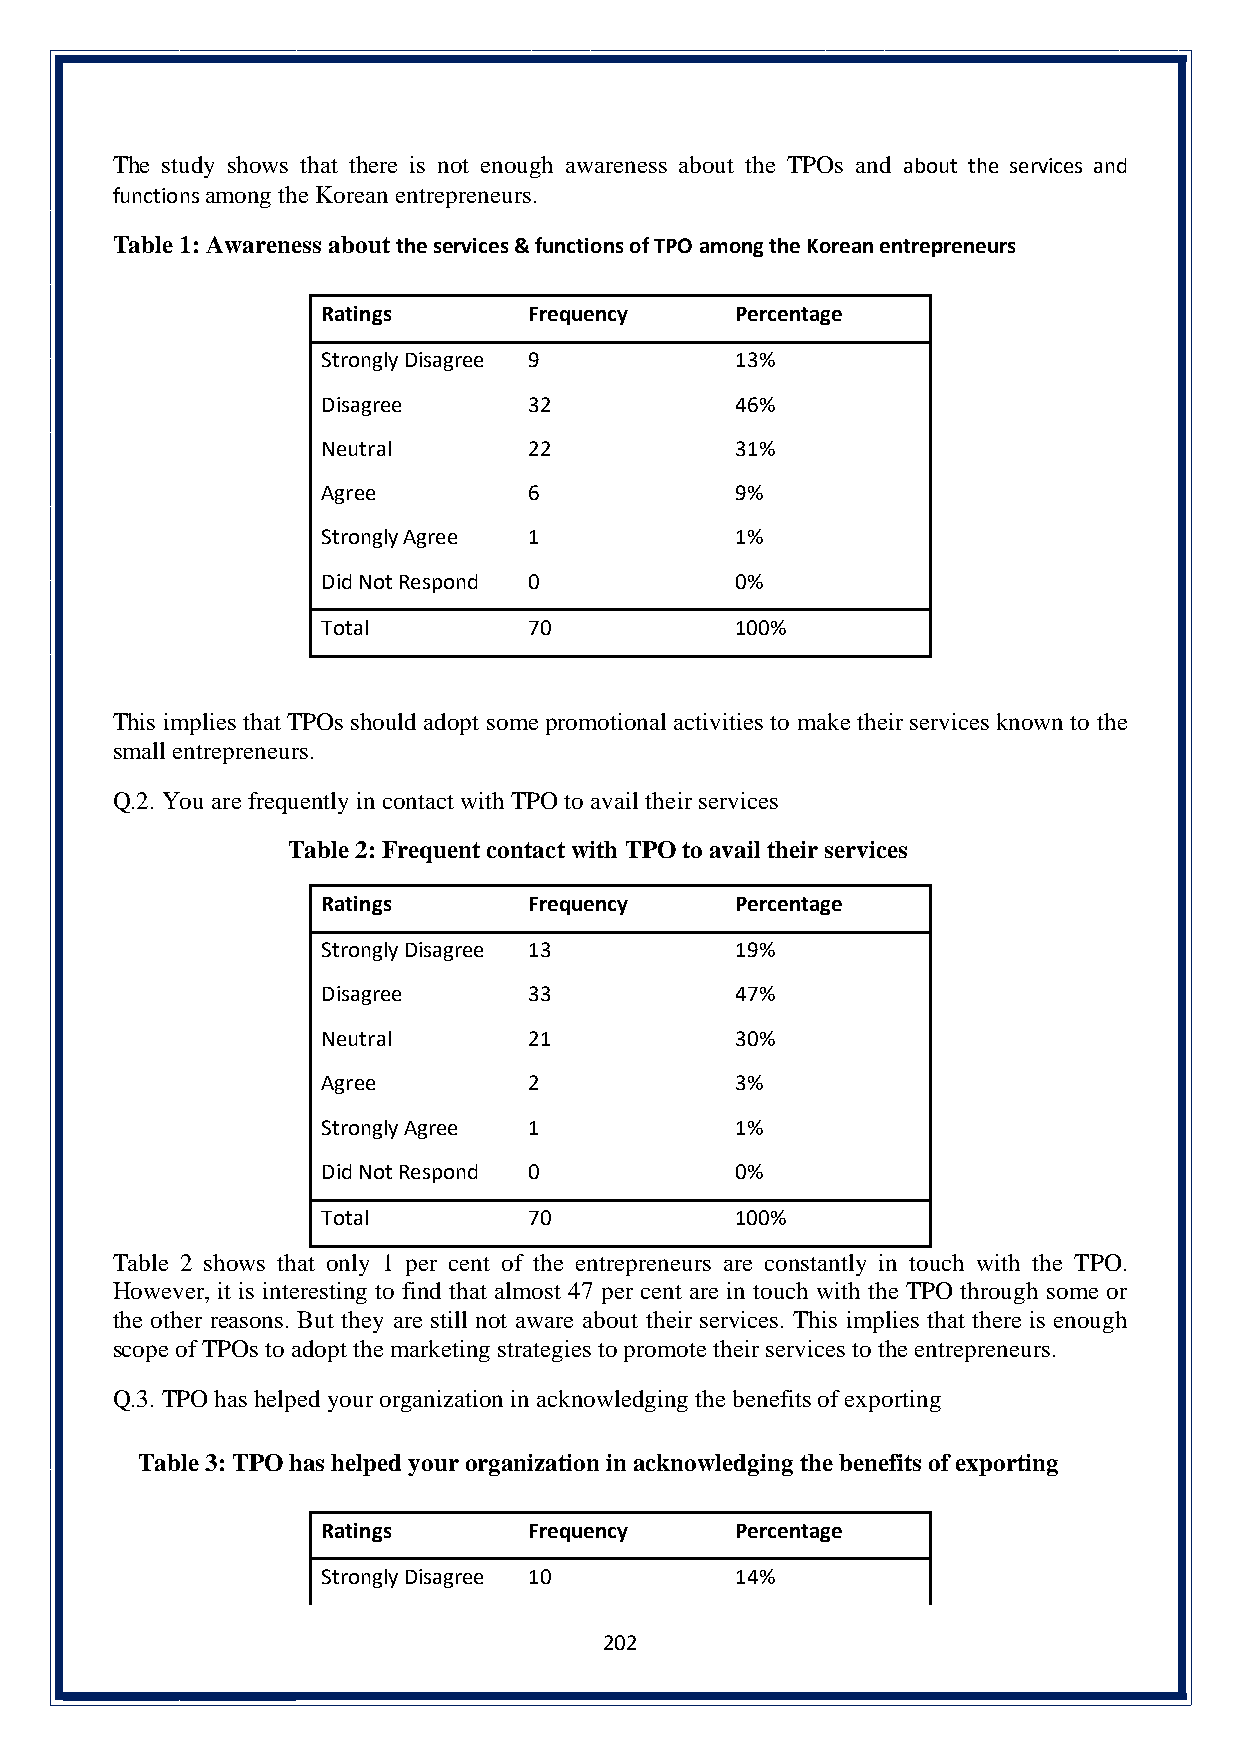
The study shows that there is not enough awareness about the TPOs and about the services and
 functions among the Korean entrepreneurs.
 Table 1: Awareness about the services & functions of TPO among the Korean entrepreneurs
 Ratings       Frequency     Percentage
 Strongly Disagree 9         13%
 Disagree      32            46%
 Neutral       22            31%
 Agree         6             9%
 Strongly Agree 1            1%
 Did Not Respond 0           0%
 Total         70            100%
 This implies that TPOs should adopt some promotional activities to make their services known to the
 small entrepreneurs.
 Q.2. You are frequently in contact with TPO to avail their services
 Table 2: Frequent contact with TPO to avail their services
 Ratings       Frequency     Percentage
 Strongly Disagree 13        19%
 Disagree      33            47%
 Neutral       21            30%
 Agree         2             3%
 Strongly Agree 1            1%
 Did Not Respond 0           0%
 Total         70            100%
 Table 2 shows that only 1 per cent of the entrepreneurs are constantly in touch with the TPO.
 However, it is interesting to find that almost 47 per cent are in touch with the TPO through some or
 the other reasons. But they are still not aware about their services. This implies that there is enough
 scope of TPOs to adopt the marketing strategies to promote their services to the entrepreneurs.
 Q.3. TPO has helped your organization in acknowledging the benefits of exporting
 Table 3: TPO has helped your organization in acknowledging the benefits of exporting
 Ratings       Frequency     Percentage
 Strongly Disagree 10        14%
 202